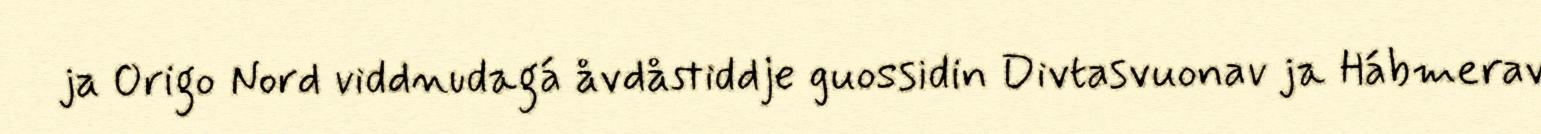
ja Origo Nord viddnudagá åvdåstiddje guossidin Divtasvuonav ja Hábmerav